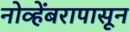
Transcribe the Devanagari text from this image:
नोव्हेंबरापासून